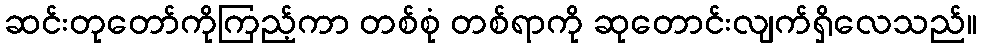
ဆင်းတုတော်ကိုကြည့်ကာ တစ်စုံ တစ်ရာကို ဆုတောင်းလျက်ရှိလေသည်။